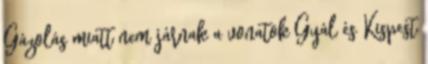
Gázolás miatt nem járnak a vonatok Gyál és Kispest